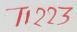
Text: T1223